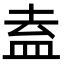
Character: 盍